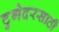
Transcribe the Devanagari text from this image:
टुगेदरसाठी